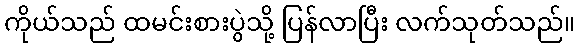
ကိုယ်သည် ထမင်းစားပွဲသို့ ပြန်လာပြီး လက်သုတ်သည်။